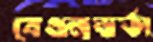
বেগুনভর্তা